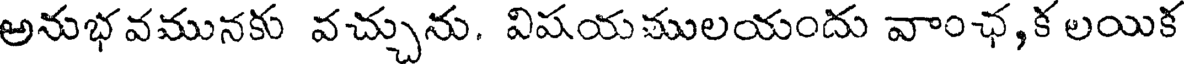
అనుభవమునకు వచ్చును. విషయములయందు వాంఛ,క లయిక